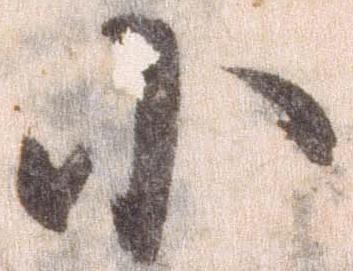
小